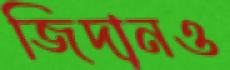
জিদানও